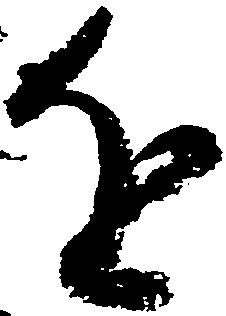
を